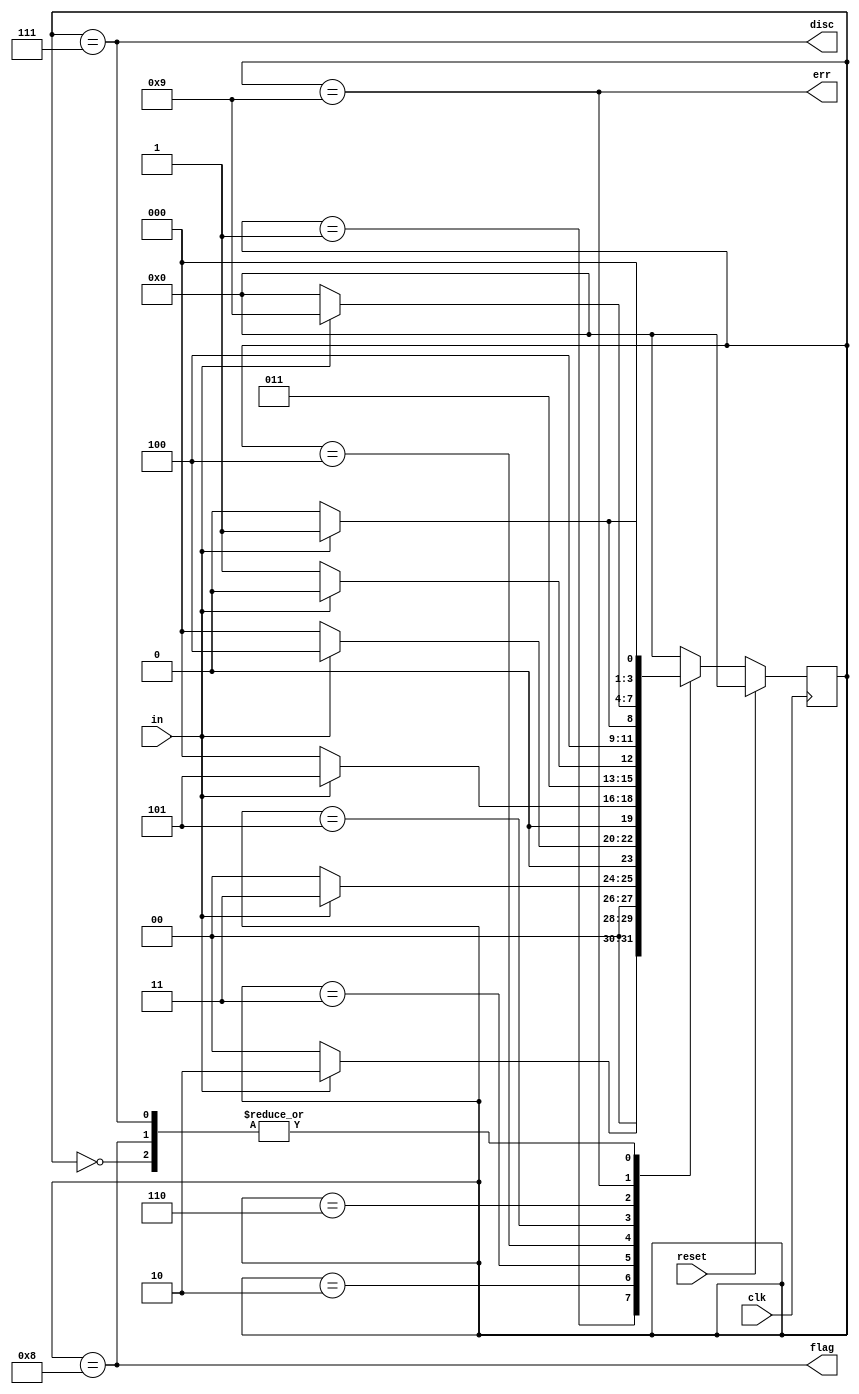
module top_module(
	input clk,
	input reset,
	input in,
	output disc,
	output flag,
	output err
);

	parameter [3:0] IDLE=4'd0, ONE=4'd1, TWO=4'd2, THREE=4'd3, FOUR=4'd4, FIVE=4'd5, SIX=4'd6;
	parameter [3:0] DISCARD=4'd7, FLAG=4'd8, ERROR=4'd9;
	
	reg [3:0] curr_state, next_state;
	
	always@(posedge clk)begin
		if(reset)
			curr_state <= IDLE;
		else
			curr_state <= next_state;
	end
	
	always@(*)begin
		case(curr_state)
			IDLE: next_state = in ? ONE:IDLE;
			ONE: next_state = in ? TWO:IDLE;
			TWO: next_state = in ? THREE:IDLE;
			THREE: next_state = in ? FOUR:IDLE;
			FOUR: next_state = in ? FIVE:IDLE;
			FIVE: next_state = in ? SIX:DISCARD;
			SIX: next_state = in ? ERROR:FLAG;
			ERROR: next_state = in ? ERROR:IDLE;
			DISCARD: next_state = in ? ONE:IDLE;
			FLAG: next_state = in ? ONE:IDLE;
			default: next_state = IDLE;
		endcase
	end
	
	always@(*)begin
		disc = (curr_state == DISCARD);
		flag = (curr_state == FLAG);
		err = (curr_state == ERROR);
	end
 
endmodule